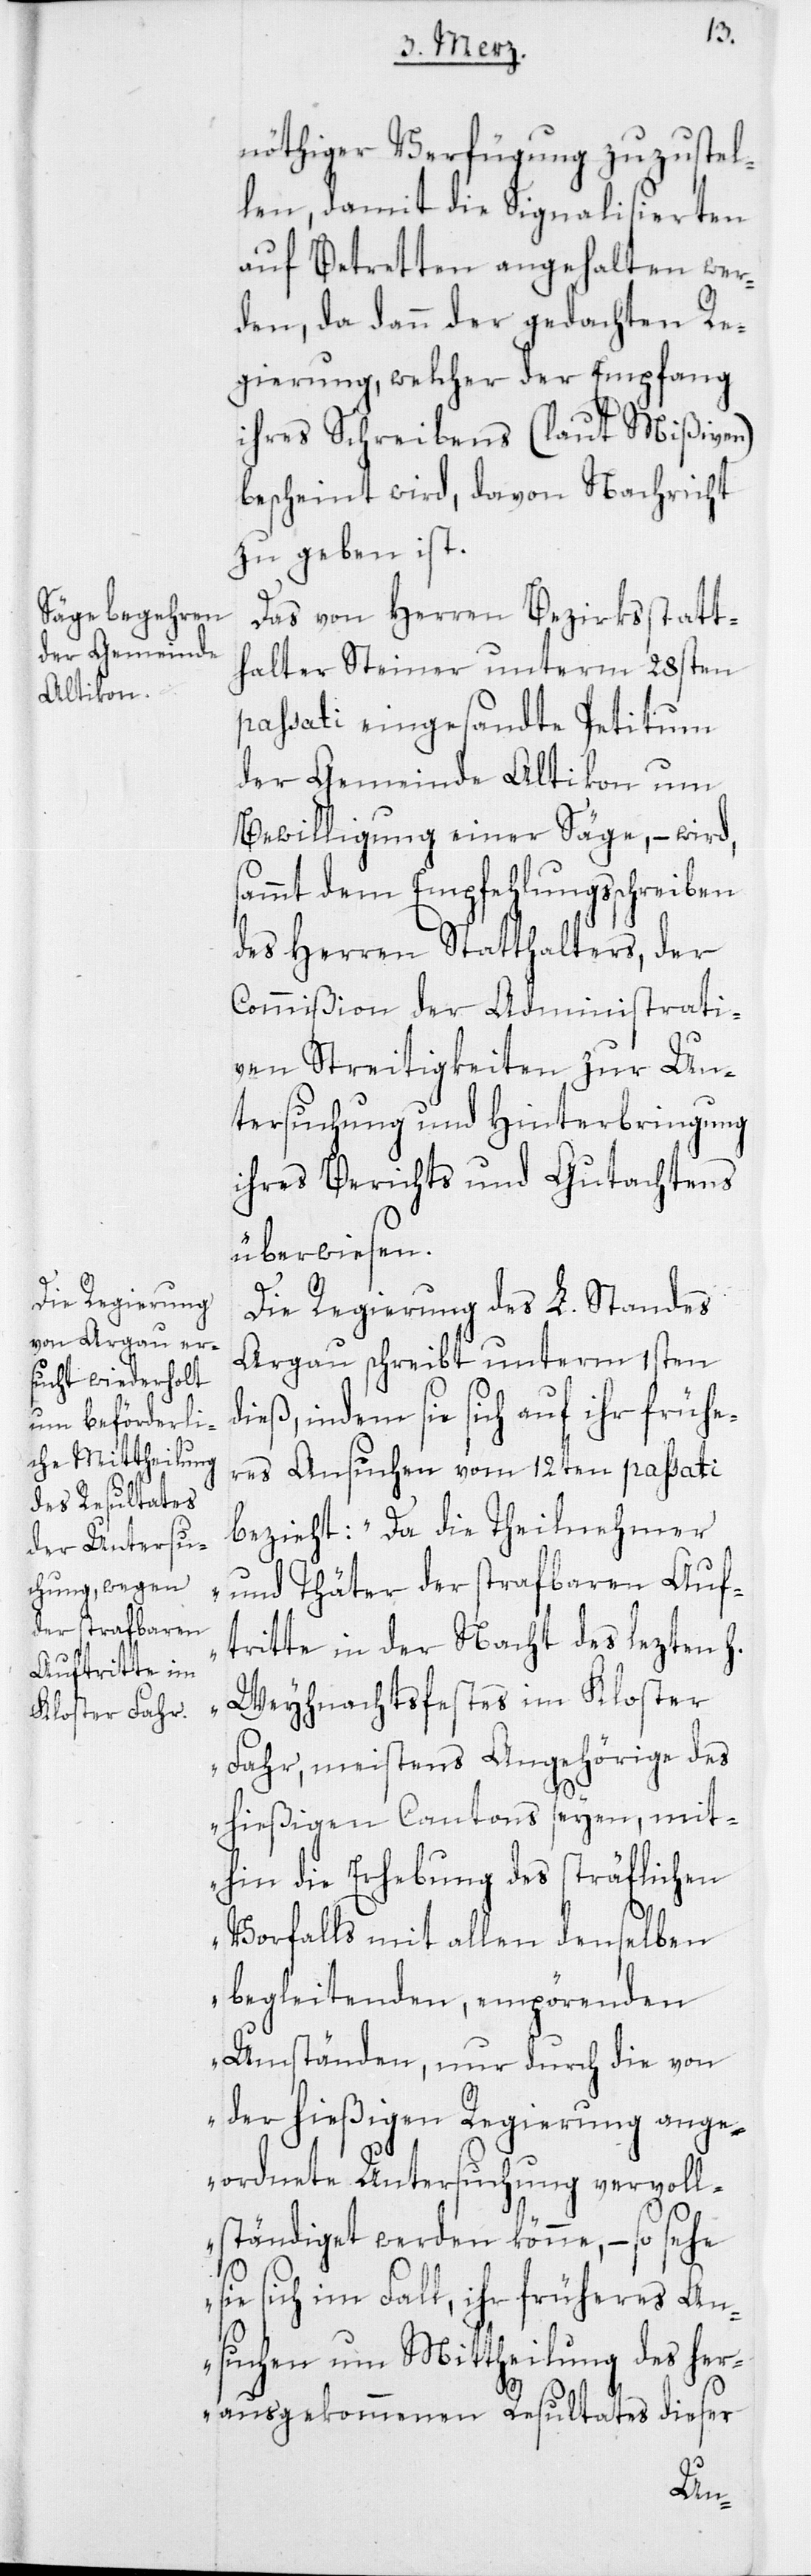
nöthiger Verfügung zuzustel¬
len, damit die Signalisierten
auf Betretten angehalten wer¬
den, da dann der gedachten Re¬
gierung, welcher der Empfang
ihres Schreibens (laut Mißiven)
bescheint wird, davon Nachricht
zu geben ist.
Das von Herren Bezirksstatt¬
halter Steiner unterm 28sten
passati eingesandte Petitum
der Gemeinde Altikon um
Bewilligung einer Säge, – wird,
ammt dem Empfehlungsschreiben
des Herren Statthalters, der
Commißion der Administrati¬
ven Streitigkeiten zur Un¬
tersuchung und Hinterbringung
ihres Berichts und Gutachtens
überwiesen.
Die Regierung des L. Standes
Argau schreibt unterm 1sten
dieß, indem sie sich auf ihr frühe¬
res Ansuchen vom 12ten passati
bezieht: „Da die Theilnehmer
und Thäter der strafbaren Auf¬
tritte in der Nacht des lezten h.
Weyhnachtsfestes im Kloster
Fahr, meistens Angehörige des
s¬
hießigen Cantons seyen, mit¬
hin die Erhebung des sträflichen
Vorfalls mit allen denselben
begleitenden, empörenden
Umständen, nur durch die von
der hießigen Regierung ange¬
ordnete Untersuchung vervoll¬
ständiget werden könne, ( so sehe
sie sich im Fall, ihr früheres An¬
suchen um Mittheilung des her¬
ausgekommenen Resultates dieser